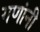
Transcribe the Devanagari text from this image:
गणांनी